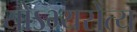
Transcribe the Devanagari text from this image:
योऽभ्यसेत्य